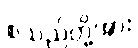
စသည်တို့အား